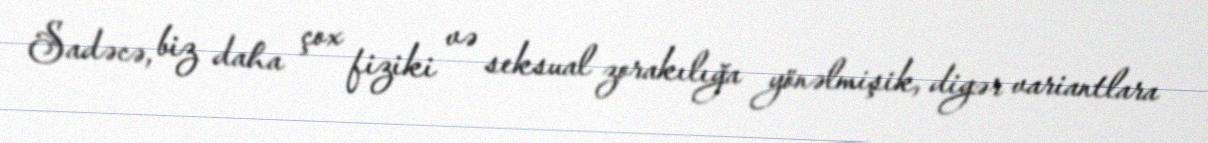
Sadəcə, biz daha çox fiziki və seksual zorakılığa yönəlmişik, digər variantlara